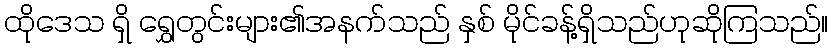
ထိုဒေသ ရှိ ရွှေတွင်းများ၏အနက်သည် နှစ် မိုင်ခန့်ရှိသည်ဟုဆိုကြသည်။